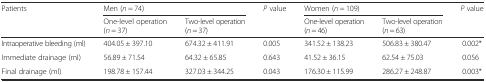
<table><thead><tr><td rowspan="2"><b>Patients</b></td><td colspan="2"><b>Men (<i>n</i> = 74)</b></td><td rowspan="2"><b><i>P</i> value</b></td><td colspan="2"><b>Women (<i>n</i> = 109)</b></td><td rowspan="2"><b><i>P</i> value</b></td></tr><tr><td><b>One-level operation (<i>n</i> = 37)</b></td><td><b>Two-level operation (<i>n</i> = 37)</b></td><td><b>One-level operation (<i>n</i> = 46)</b></td><td><b>Two-level operation (<i>n</i> = 63)</b></td></tr></thead><tbody><tr><td>Intraoperative bleeding (ml)</td><td>404.05 ± 397.10</td><td>674.32 ± 411.91</td><td>0.005</td><td>341.52 ± 138.23</td><td>506.83 ± 380.47</td><td>0.002*</td></tr><tr><td>Immediate drainage (ml)</td><td>56.89 ± 71.54</td><td>64.32 ± 65.85</td><td>0.643</td><td>41.52 ± 36.15</td><td>62.54 ± 75.03</td><td>0.056</td></tr><tr><td>Final drainage (ml)</td><td>198.78 ± 157.44</td><td>327.03 ± 344.25</td><td>0.043</td><td>176.30 ± 115.99</td><td>286.27 ± 248.87</td><td>0.003*</td></tr></tbody></table>